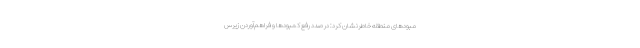
مبودهای منطقه خاطرنشان کرد: در صدد رفع کمبودها و فراهم‌آوردن زیرس